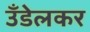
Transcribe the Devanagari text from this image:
उँडेलकर